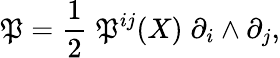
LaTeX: \mathfrak{P}=\frac{{1}}{{2}}\; \mathfrak{P}^{ij}(X)\; \partial_{i}\wedge\partial_{j},